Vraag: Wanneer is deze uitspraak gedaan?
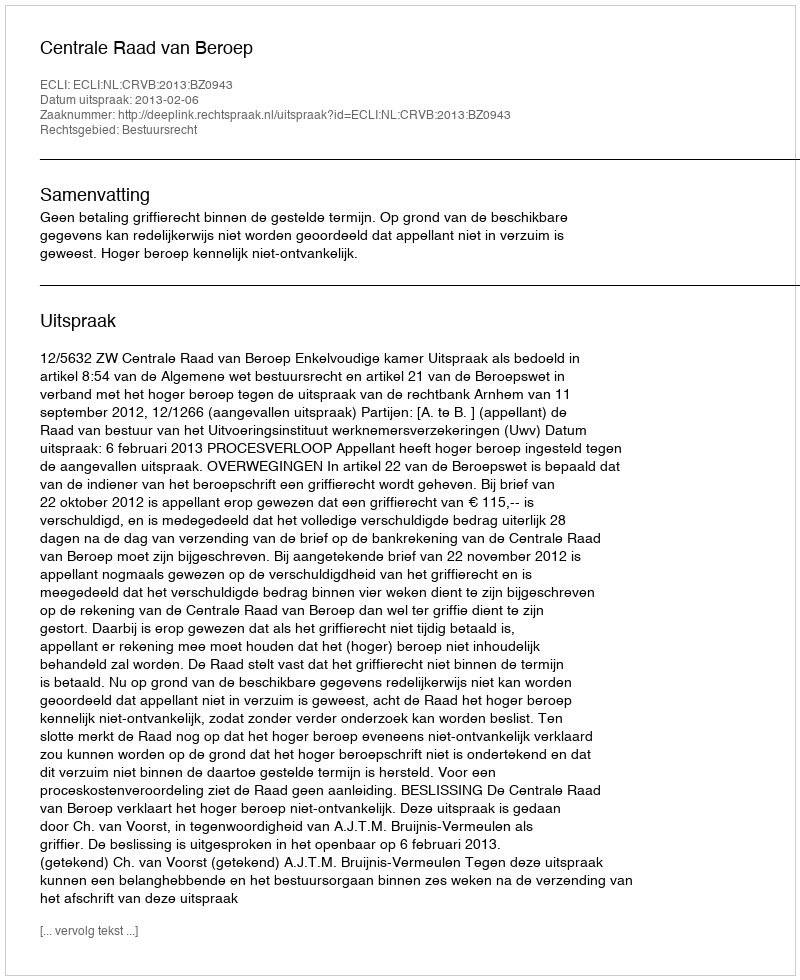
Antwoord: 2013-02-06